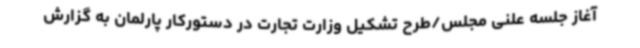
آغاز جلسه علنی مجلس/طرح تشکیل وزارت تجارت در دستورکار پارلمان به گزارش